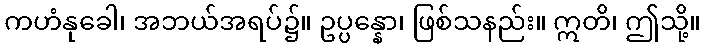
ကဟံနုခေါ၊ အဘယ်အရပ်၌။ ဥပ္ပန္နော၊ ဖြစ်သနည်း။ ဣတိ၊ ဤသို့။